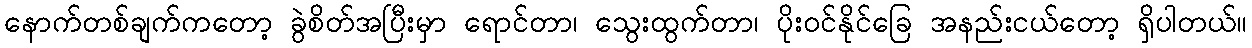
နောက်တစ်ချက်ကတော့ ခွဲစိတ်အပြီးမှာ ရောင်တာ၊ သွေးထွက်တာ၊ ပိုးဝင်နိုင်ခြေ အနည်းငယ်တော့ ရှိပါတယ်။